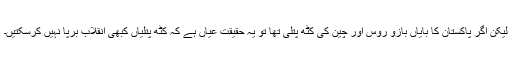
لیکن اگر پاکستان کا بایاں بازو روس اور چین کی کٹھ پتلی تھا تو یہ حقیقت عیاں ہے کہ کٹھ پتلیاں کبھی انقلاب برپا نہیں کرسکتیں۔